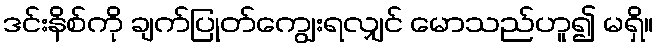
ဒင်းနိစ်ကို ချက်ပြုတ်ကျွေးရလျှင် မောသည်ဟူ၍ မရှိ။